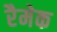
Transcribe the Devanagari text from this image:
रैमेक